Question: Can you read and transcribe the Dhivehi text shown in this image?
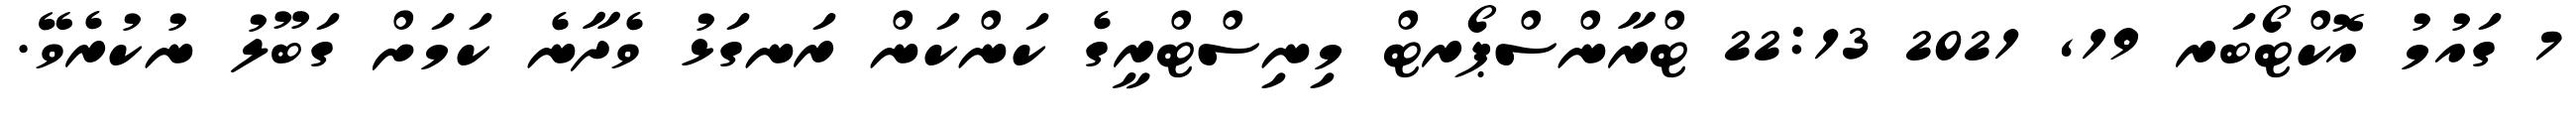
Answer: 7 ގައުމު އޮކްޓޯބަރ 19, 2021 22:13 ޓްރާންސްޕޯރޓް މިނިސްޓްރީގެ ކަންކަން ރަނގަޅު ވެދާނެ ކަމަށް ގަބޫލު ނުކުރެވޭ.